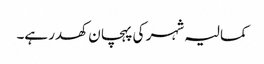
کمالیہ شہر کی پہچان کھدر ہے۔